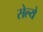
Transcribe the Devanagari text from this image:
सेल्ये